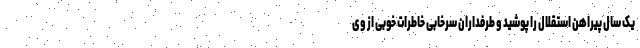
یک سال پیراهن استقلال را پوشید و طرفداران سرخابی خاطرات خوبی از وی